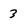
Character: 3